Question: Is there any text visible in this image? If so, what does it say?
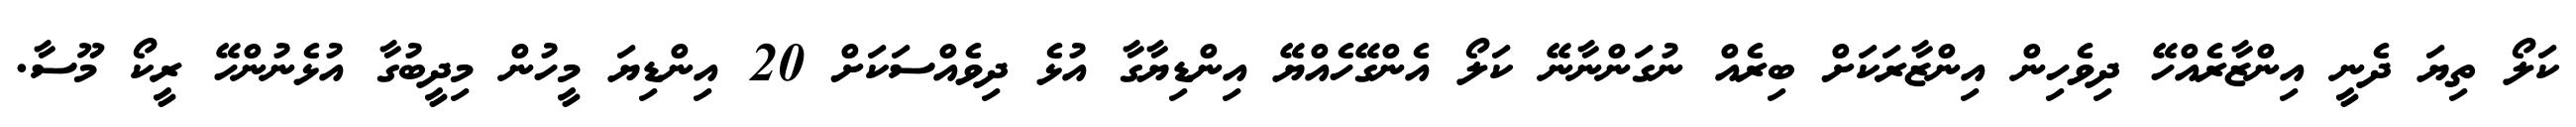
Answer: ކަލޯ ތިޔަ ދެނީ އިންޒާރެއްހޭ ދިވެހިން އިންޒާރަކަށް ބިރެއް ނުގަންނާނޭ ކަލޯ އެންގޭހެއްޔޭ އިންޑިޔާގާ އުޅެ ދިވެއްސަކަށް 20 އިންޑިޔަ މީހުން މިދީބުގާ އުޅެނުންހޭ ރީކޯ މޫސާ.